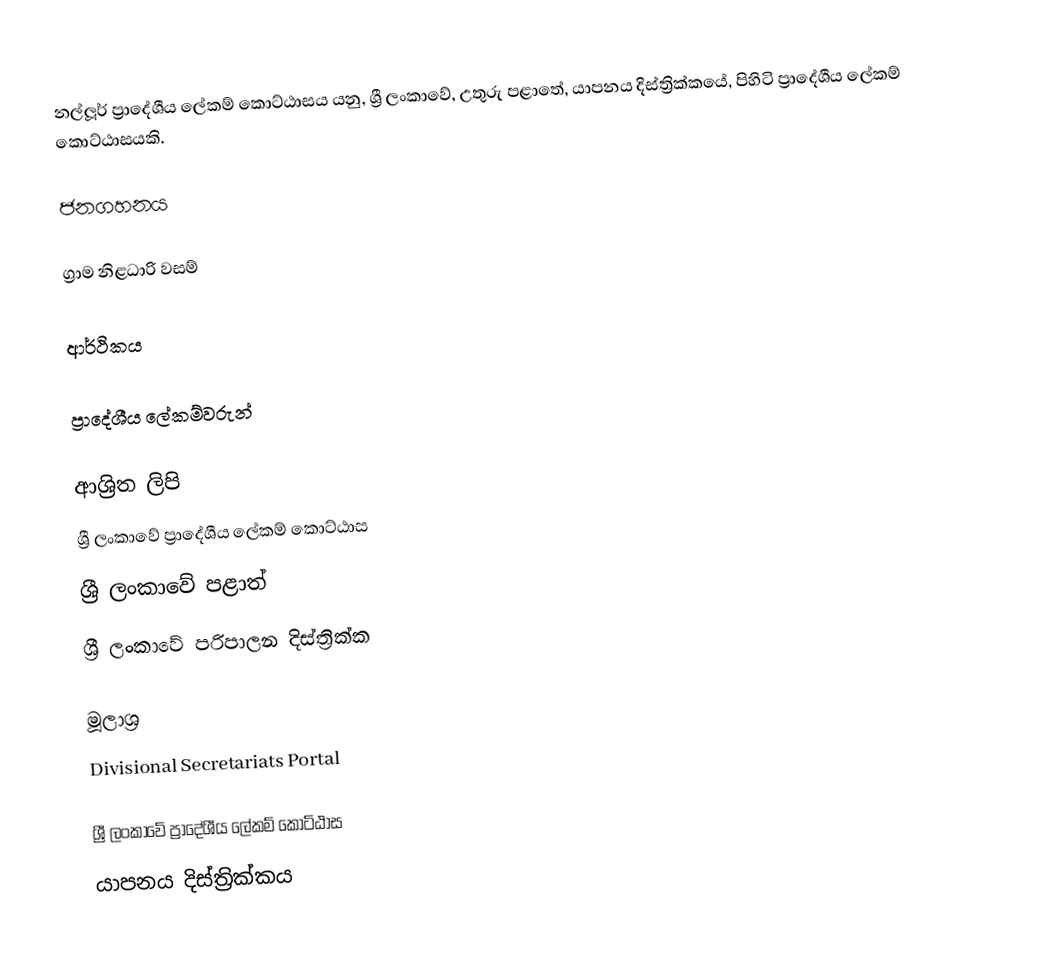
නල්ලූර් ප්‍රාදේශීය ලේකම් කොට්ඨාසය යනු,  ශ්‍රී ලංකාවේ, උතුරු පළාතේ,   යාපනය දිස්ත්‍රික්කයේ, පිහිටි ප්‍රාදේශීය ලේකම් කොට්ඨාසයකි.

ජනගහනය

ග්‍රාම නිළධාරි වසම්

ආර්ථිකය

ප්‍රාදේශීය ලේකම්වරුන්

ආශ්‍රිත ලිපි
ශ්‍රී ලංකාවේ ප්‍රාදේශීය ලේකම් කොට්ඨාස
ශ්‍රී ලංකාවේ පළාත්
ශ්‍රී ලංකාවේ පරිපාලන දිස්ත්‍රික්ක

මූලාශ්‍ර
 Divisional Secretariats Portal

ශ්‍රී ලංකාවේ ප්‍රාදේශීය ලේකම් කොට්ඨාස
යාපනය දිස්ත්‍රික්කය